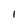
Character: I